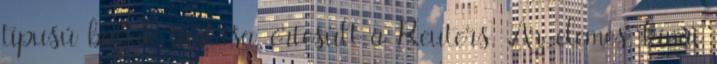
típusú babák tartása, értesült a Reuters. Az elemes, kínai